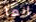
إنها